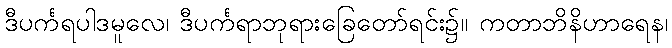
ဒီပင်္ကရပါဒမူလေ၊ ဒီပင်္ကရာဘုရားခြေတော်ရင်း၌။ ကတာဘိနိဟာရေန၊